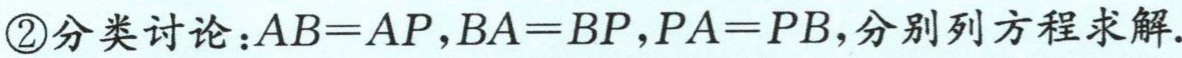
\textcircled{2}分类讨论：\(AB = AP\)，\(BA = BP\)，\(PA = PB\)，分别列方程求解.